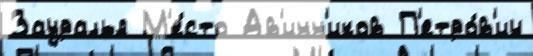
Зауралья М'е́сто Ав'инн'иков П'етро́в'ич